Annual report of the Civil Veterinary Department, Bengal, for the year 1896-97 - 1896-1897
Year: 1896
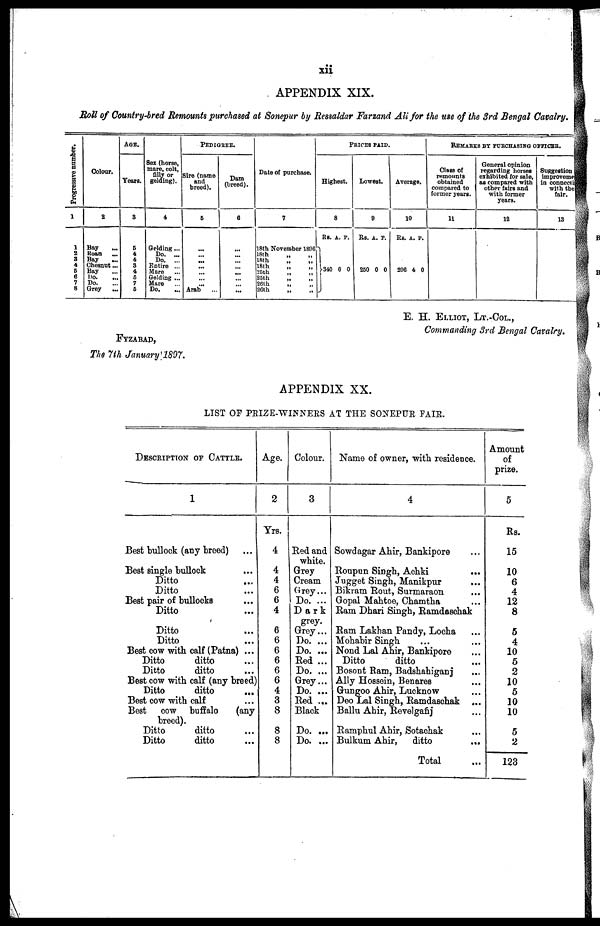
xii
APPENDIX XIX.
Roll of Country-bred Remounts purchased at Sonepur by Ressaldar Farzand Ali for the use of the 3rd Bengal Cavalry.
Progressive number.
1
1
2
3
4
5
6
7
8
Colour.
2
Bay ...
Roan
...
Bay
...
Chesnut...
Bay ...
Do. ...
Do.
Grey
...
AGE.
Years.
3
5
4
4
3
4
5
7
6
Sex (horse,
mare, colt,
filly or
gelding).
4
Gelding ...
Do. ...
Do. ...
Entire ...
Mare ...
Gelding ...
Mare ...
Do. ...
PEDIGREE.
Sire (name
and
breed).
6
...
...
...
...
...
...
Arab ...
Dam
(breed).
6
...
...
...
...
...
...
...
Date of purchase.
7
18th November 1896
18th
„ „
18th
„
„
18th „ „
25th
„
„
25th
„
„
26th
„ „
26th
„ „
PRICES
PAID.
Highest.
8
Rs.
340
A.
0
P.
0
Lowest.
9
Rs.
250
A.
0
P.
0
Average.
10
Rs.
296
A.
4
P.
0
REMARKS BY PURCHASING OFFIC
Glass of
remounts
obtained
compared to
former years.
11
General opinion
regarding horses
exhibited for sale,
as compared with
other fairs and
with former
years.
12
Suggestion
improveme
in connect
with the
fair.
13
E. H. ELLIOT, LT.-COL.,
Commanding 3rd Bengal Cavalry.
FYZABAD,
The 7th January 1897.
APPENDIX XX.
LIST OF PEIZE-WINNERS AT THE SONEPUR FAIR.
DESCRIPTION OF CATTLE.
1
Best bullock (any breed) ...
Best single bullock ...
Ditto ...
Ditto ...
Best pair of bullocks ...
Ditto ...
Ditto ...
Ditto ...
Best cow with calf (Patna) ...
Ditto
ditto ...
Ditto
ditto ...
Best cow with calf (any breed)
Ditto
ditto
...
Best cow with calf ...
Best cow buffalo (any
breed).
Ditto
ditto ...
Ditto
ditto ...
Age.
2
Yrs.
4
4
4
6
6
4
6
6
6
6
6
6
4
3
8
8
8
Colour.
3
Red and
white.
Grey
Cream
Grey ...
Do. ...
Dark
grey.
Grey ...
Do. ...
Do. ...
Red ...
Do. ...
Grey...
Do. ...
Red ...
Black
Do. ...
Do. ...
Name of owner, with residence.
4
Sowdagar Ahir, Bankipore ...
Roupun Singh, Achki ...
Jugget Singh, Manikpur ...
Bikram Rout, Surmaraon ...
Gopal Mahtoe, Chamtha ...
Ram Dhari Singh, Ramdaschak
Ram Lakhan Pandy, Locha ...
Mohabir Singh ... ...
Nond Lal Ahir, Bankipore ...
Ditto
ditto
Bosont Ram, Badshahiganj ...
Ally Hossein, Benares ...
Gungoo Ahir, Lucknow ...
Deo Lal Singh, Ramdaschak ...
Ballu Ahir, Revelgafij ...
Ramphul Ahir, Sotachak ...
Bulkum Ahir,
ditto
...
Total ...
Amount
of
prize.
5
Rs.
15
10
6
4
12
8
5
4
10
5
2
10
5
10
10
5
2
123